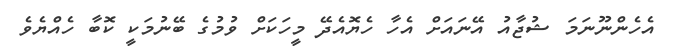
އެހެންނޫނަމަ ޝުޖާއު އޭނައަށް އެހާ ހެޔޮއެދޭ މީހަކަށް ވުމުގެ ބޭނުމަކީ ކޮބާ ހެއްޔެވެ